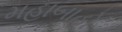
મહાબાહો